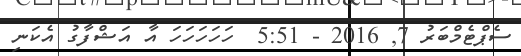
ސެޕްޓެމްބަރު 7